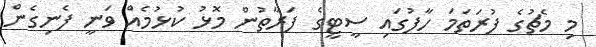
މި މެޗުގެ ފުރަތަމަ ހާފުގައި ސީޓީގެ ފަރާތުން މޮޅު ކުޅުމެއް ވަނީ ފެނިގެން